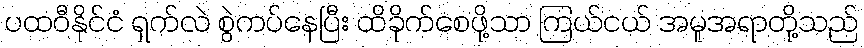
ပထဝီနိုင်ငံ ရှက်လဲ စွဲကပ်နေပြီး ထိခိုက်စေဖို့သာ ကြယ်ငယ် အမူအရာတို့သည်